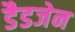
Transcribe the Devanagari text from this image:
डैडजेन